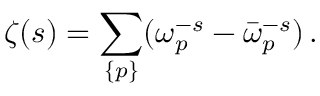
\zeta ( s ) = \sum _ { \{ p \} } ( \omega _ { p } ^ { - s } - \bar { \omega } _ { p } ^ { - s } ) \, { . }